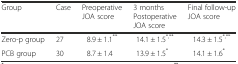
<table><thead><tr><td><b>Group</b></td><td><b>Case</b></td><td><b>Preoperative JOA score</b></td><td><b>3 months Postoperative JOA score</b></td><td><b>Final follow-up JOA score</b></td></tr></thead><tbody><tr><td>Zero-p group</td><td>27</td><td>8.9 ± 1.1<sup>**</sup></td><td>14.1 ± 1.5<sup>*,**</sup></td><td>14.3 ± 1.5<sup>*,**</sup></td></tr><tr><td>PCB group</td><td>30</td><td>8.7 ± 1.4</td><td>13.9 ± 1.5<sup>*</sup></td><td>14.1 ± 1.6<sup>*</sup></td></tr></tbody></table>